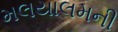
મલયાલમની